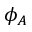
\phi _ { A }